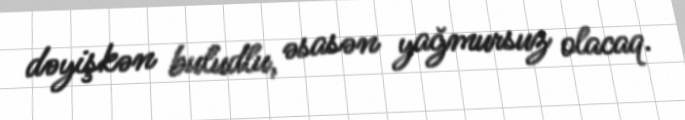
dəyişkən buludlu, əsasən yağmursuz olacaq.